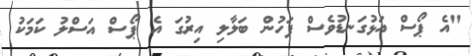
"އެ ޕޯސް އަޅުގަނޑުވެސް ފަހުން ބަލާލި އިރުގަ އެ ޕޯސް އަސްލު ކަމަކު